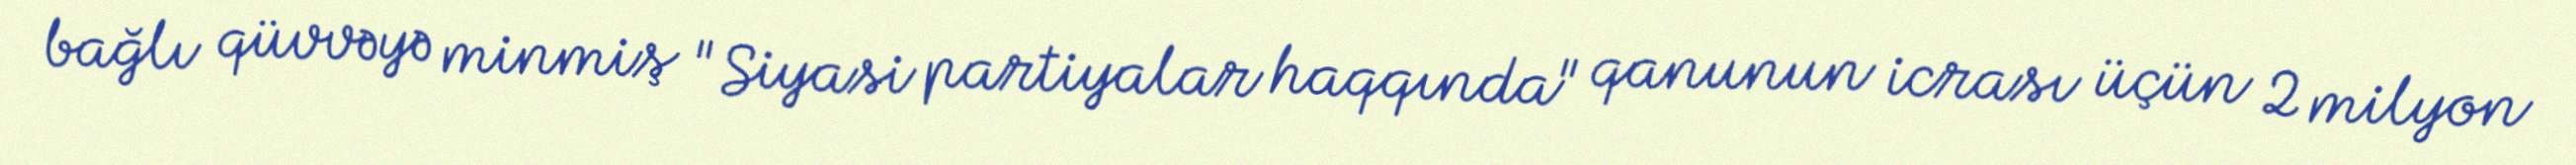
bağlı qüvvəyə minmiş "Siyasi partiyalar haqqında" qanunun icrası üçün 2 milyon